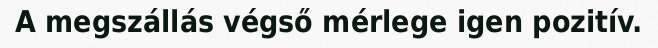
A megszállás végső mérlege igen pozitív.